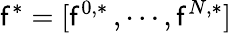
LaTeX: \mathsf{f}^{\ast}=[\mathsf{f}^{0,\ast}\, ,\cdots,\mathsf{f}^{N,\ast}]